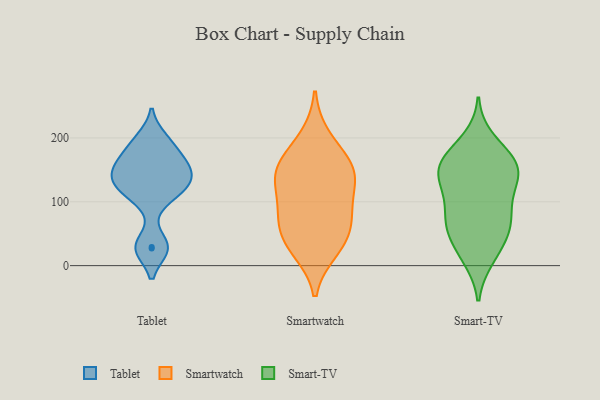
{"axis": {"x": "Humidity (%)", "y": "Value"}, "legend": ["Smart-TV", "Smartwatch", "Tablet"], "data": [{"x": "", "y": 156, "type": "Tablet"}, {"x": "", "y": 27, "type": "Tablet"}, {"x": "", "y": 157, "type": "Tablet"}, {"x": "", "y": 138, "type": "Tablet"}, {"x": "", "y": 198, "type": "Tablet"}, {"x": "", "y": 29, "type": "Tablet"}, {"x": "", "y": 119, "type": "Tablet"}, {"x": "", "y": 134, "type": "Tablet"}, {"x": "", "y": 181, "type": "Tablet"}, {"x": "", "y": 109, "type": "Tablet"}, {"x": "", "y": 35, "type": "Smartwatch"}, {"x": "", "y": 90, "type": "Smartwatch"}, {"x": "", "y": 134, "type": "Smartwatch"}, {"x": "", "y": 200, "type": "Smartwatch"}, {"x": "", "y": 79, "type": "Smartwatch"}, {"x": "", "y": 161, "type": "Smartwatch"}, {"x": "", "y": 131, "type": "Smartwatch"}, {"x": "", "y": 154, "type": "Smartwatch"}, {"x": "", "y": 44, "type": "Smartwatch"}, {"x": "", "y": 149, "type": "Smartwatch"}, {"x": "", "y": 25, "type": "Smartwatch"}, {"x": "", "y": 74, "type": "Smartwatch"}, {"x": "", "y": 15, "type": "Smart-TV"}, {"x": "", "y": 107, "type": "Smart-TV"}, {"x": "", "y": 151, "type": "Smart-TV"}, {"x": "", "y": 141, "type": "Smart-TV"}, {"x": "", "y": 55, "type": "Smart-TV"}, {"x": "", "y": 156, "type": "Smart-TV"}, {"x": "", "y": 176, "type": "Smart-TV"}, {"x": "", "y": 11, "type": "Smart-TV"}, {"x": "", "y": 35, "type": "Smart-TV"}, {"x": "", "y": 63, "type": "Smart-TV"}, {"x": "", "y": 61, "type": "Smart-TV"}, {"x": "", "y": 99, "type": "Smart-TV"}, {"x": "", "y": 77, "type": "Smart-TV"}, {"x": "", "y": 157, "type": "Smart-TV"}, {"x": "", "y": 70, "type": "Smart-TV"}, {"x": "", "y": 172, "type": "Smart-TV"}, {"x": "", "y": 146, "type": "Smart-TV"}, {"x": "", "y": 198, "type": "Smart-TV"}, {"x": "", "y": 142, "type": "Smart-TV"}, {"x": "", "y": 121, "type": "Smart-TV"}]}